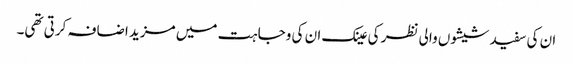
ان کی سفید شیشوں والی نظر کی عینک ان کی وجاہت میں مزید اضافہ کرتی تھی۔